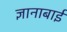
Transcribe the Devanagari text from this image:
ज्ञानाबाई